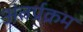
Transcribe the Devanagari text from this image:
अंतर्प्रक्रम